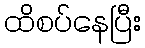
ထိစပ်နေပြီး